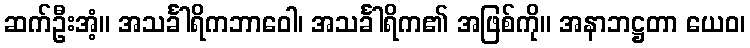
ဆက်ဦးအံ့။ အသင်္ခါရိကဘာဝေါ၊ အသင်္ခါရိက၏ အဖြစ်ကို။ အနာဘဋ္ဌတာ ယေဝ၊